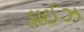
ડાઈઝ